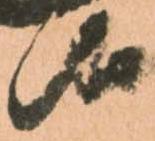
候